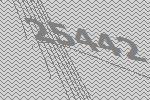
25442